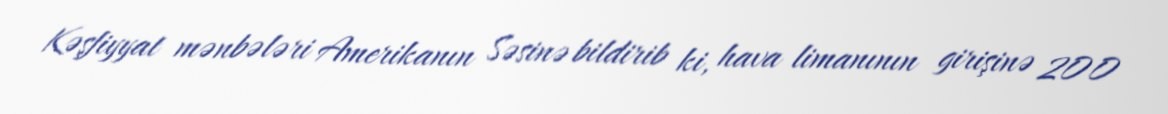
Kəşfiyyat mənbələri Amerikanın Səsinə bildirib ki, hava limanının girişinə 200